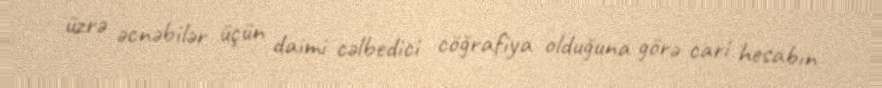
üzrə əcnəbilər üçün daimi cəlbedici cöğrafiya olduğuna görə cari hesabın